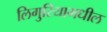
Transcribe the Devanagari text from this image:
लिगुरियामधील